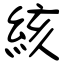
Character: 絯